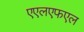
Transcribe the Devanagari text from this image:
एएलएफएल